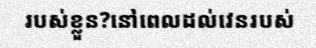
របស់ខ្លួន?នៅពេលដល់វេនរបស់